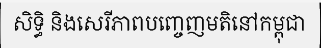
សិទ្ធិ និងសេរីភាពបញ្ចេញមតិនៅកម្ពុជា